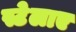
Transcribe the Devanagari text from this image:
स्टेलाए